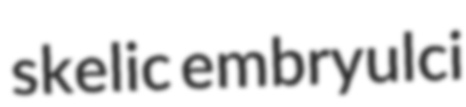
skelic embryulci